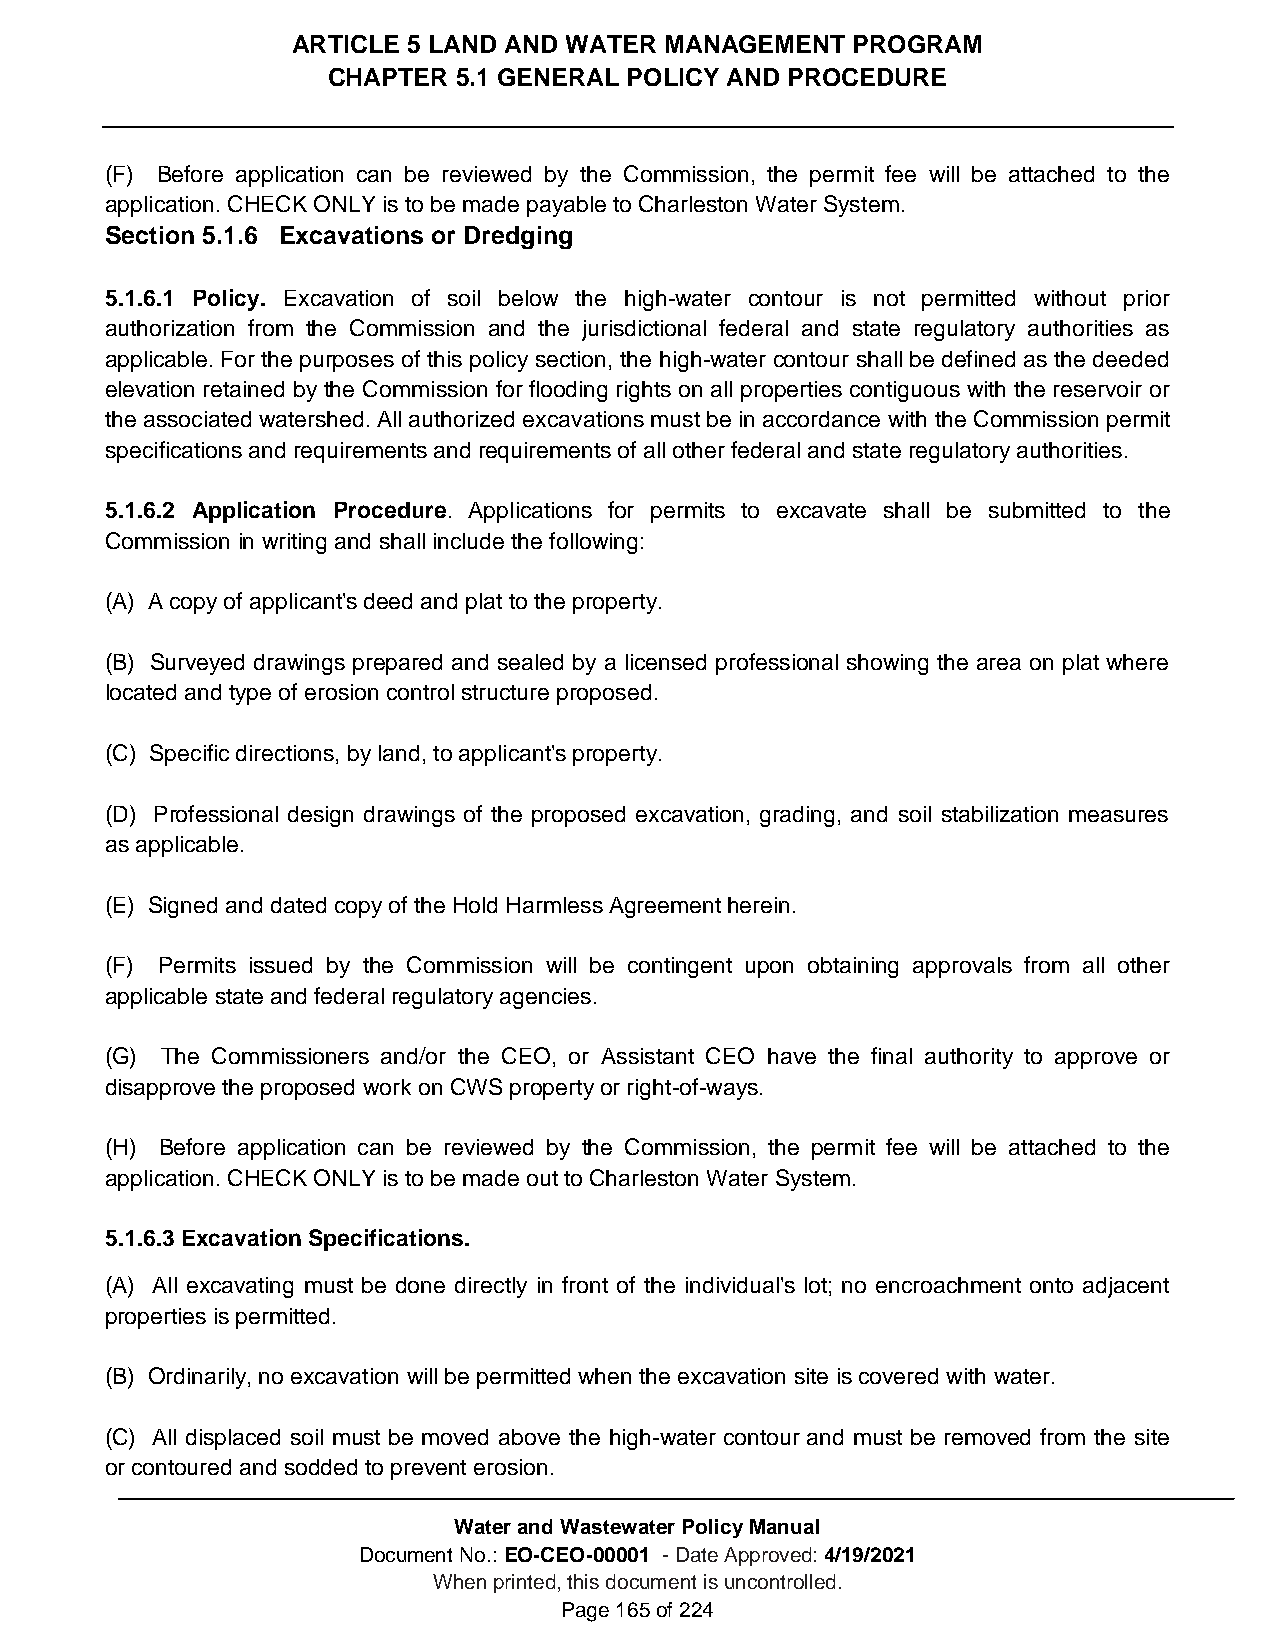
ARTICLE 5 LAND AND WATER MANAGEMENT  PROGRAM
 CHAPTER 5.1 GENERAL POLICY AND PROCEDURE
 (F) Before application can be reviewed by the Commission, the permit fee will be attached to the
 application. CHECK ONLY is to be made payable to Charleston Water System.
 Section 5.1.6 Excavations or Dredging
 5.1.6.1 Policy. Excavation of soil below the high-water contour is not permitted without prior
 authorization from the Commission and the jurisdictional federal and state regulatory authorities as
 applicable. For the purposes of this policy section, the high-water contour shall be defined as the deeded
 elevation retained by the Commission for flooding rights on all properties contiguous with the reservoir or
 the associated watershed. All authorized excavations must be in accordance with the Commission permit
 specifications and requirements and requirements of all other federal and state regulatory authorities.
 5.1.6.2 Application Procedure. Applications for permits to excavate shall be submitted to the
 Commission in writing and shall include the following:
 (A) A copy of applicant's deed and plat to the property.
 (B) Surveyed drawings prepared and sealed by a licensed professional showing the area on plat where
 located and type of erosion control structure proposed.
 (C) Specific directions, by land, to applicant's property.
 (D) Professional design drawings of the proposed excavation, grading, and soil stabilization measures
 as applicable.
 (E) Signed and dated copy of the Hold Harmless Agreement herein.
 (F) Permits issued by the Commission will be contingent upon obtaining approvals from all other
 applicable state and federal regulatory agencies.
 (G) The Commissioners and/or the CEO, or Assistant CEO have the final authority to approve or
 disapprove the proposed work on CWS property or right-of-ways.
 (H) Before application can be reviewed by the Commission, the permit fee will be attached to the
 application. CHECK ONLY is to be made out to Charleston Water System.
 5.1.6.3 Excavation Specifications.
 (A) All excavating must be done directly in front of the individual's lot; no encroachment onto adjacent
 properties is permitted.
 (B) Ordinarily, no excavation will be permitted when the excavation site is covered with water.
 (C) All displaced soil must be moved above the high-water contour and must be removed from the site
 or contoured and sodded to prevent erosion.
 Water and Wastewater Policy Manual
 Document No.: EO-CEO-00001 - Date Approved: 4/19/2021
 When printed, this document is uncontrolled.
 Page 165 of 224